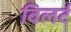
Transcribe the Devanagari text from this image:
विलर्ट